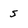
Character: 5